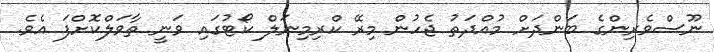
ނޫސްވެރިންގެ ބަންދަށް މުއްދަތު ޖެހުން މިރޭ ކްރިމިނަލް ކޯޓުގައި ވަނީ ތާވަލްކޮށްފަ އެވެ.